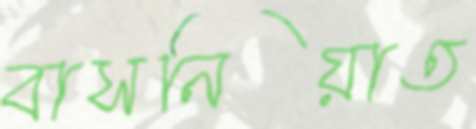
বাসনিয়াত